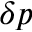
\delta p